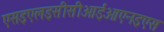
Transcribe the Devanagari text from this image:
एसइएलइसीसीआईओएनइएस